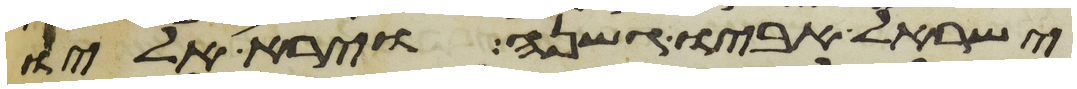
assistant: ישראל אביו גשנה וירא אליו